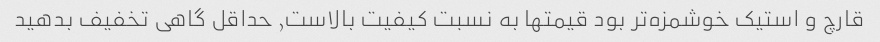
قارچ و استیک خوشمزه‌تر بود قیمتها به نسبت کیفیت بالاست, حداقل گاهی تخفیف بدهید